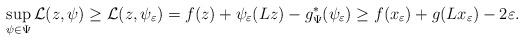
LaTeX: \begin{align*}\sup_{\psi\in\Psi} \mathcal{L} (z,\psi) \geq \mathcal{L} (z,\psi_\varepsilon) = f(z) + \psi_\varepsilon(Lz) - g^*_\Psi (\psi_\varepsilon) \geq f(x_\varepsilon) + g(Lx_\varepsilon) - 2\varepsilon.\end{align*}